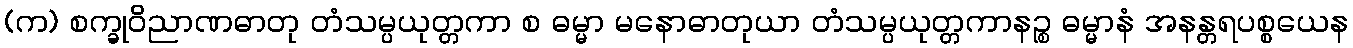
(က) စက္ခုဝိညာဏဓာတု တံသမ္ပယုတ္တကာ စ ဓမ္မာ မနောဓာတုယာ တံသမ္ပယုတ္တကာနဉ္စ ဓမ္မာနံ အနန္တရပစ္စယေန